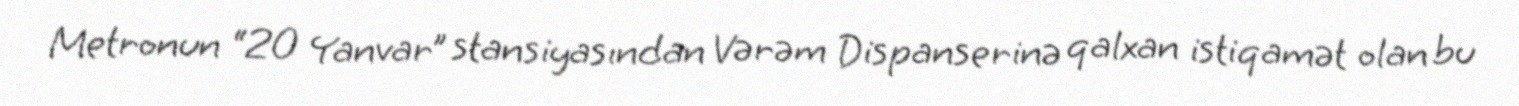
Metronun “20 Yanvar” stansiyasından Vərəm Dispanserinə qalxan istiqamət olan bu